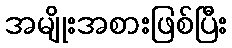
အမျိုးအစားဖြစ်ပြီး